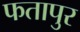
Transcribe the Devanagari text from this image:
फतापुर